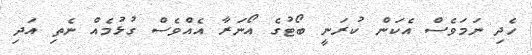
ހެދި ނަމަވެސް އެކަން ކުރަނީ ބޯޓުގެ އޯނަރާ އެއްވެސް ގުޅުމެއް ނެތި އަދި